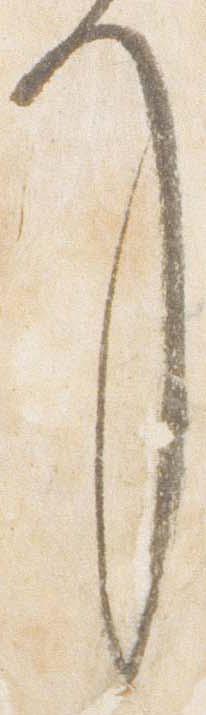
了